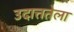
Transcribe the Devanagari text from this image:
उदात्ततेला